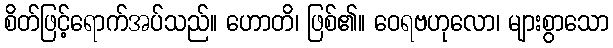
စိတ်ဖြင့်ရောက်အပ်သည်။ ဟောတိ၊ ဖြစ်၏။ ဝေရဗဟုလော၊ များစွာသော